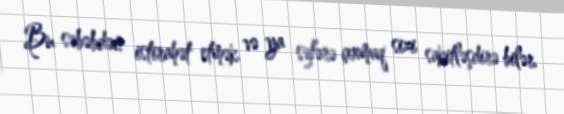
Bu səbəbdən istirahət etmək və ya səfərə çıxmaq sizi sakitləşdirə bilər.